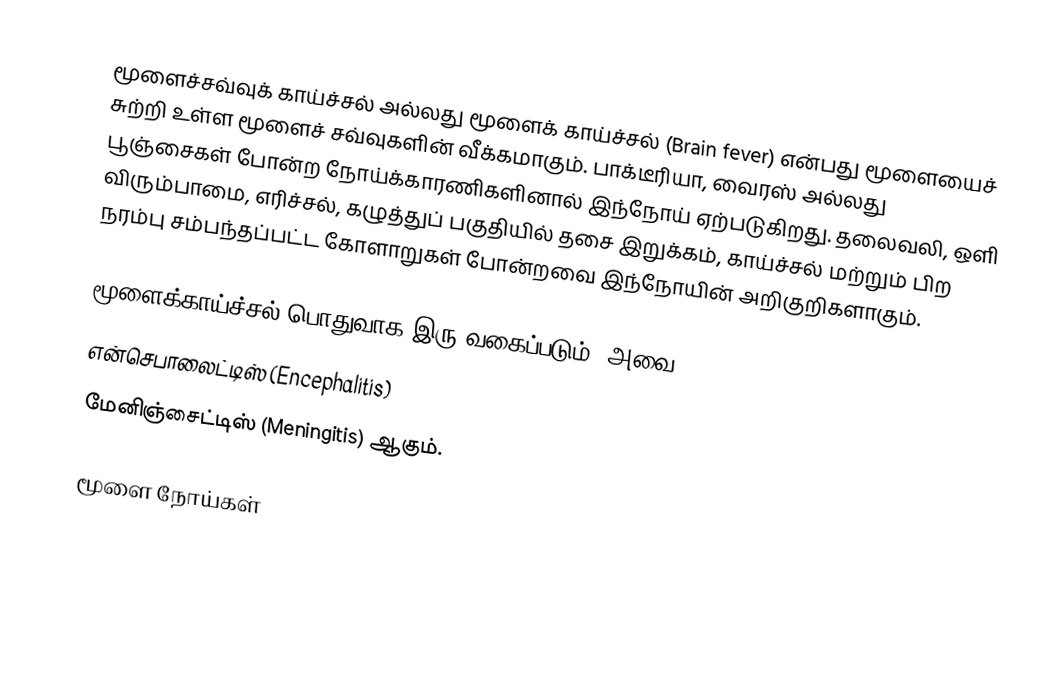
மூளைச்சவ்வுக் காய்ச்சல் அல்லது மூளைக் காய்ச்சல் (Brain fever) என்பது மூளையைச் சுற்றி உள்ள மூளைச் சவ்வுகளின் வீக்கமாகும். பாக்டீரியா, வைரஸ் அல்லது பூஞ்சைகள் போன்ற நோய்க்காரணிகளினால் இந்நோய் ஏற்படுகிறது. தலைவலி, ஒளி விரும்பாமை, எரிச்சல், கழுத்துப் பகுதியில் தசை இறுக்கம், காய்ச்சல் மற்றும் பிற நரம்பு சம்பந்தப்பட்ட கோளாறுகள் போன்றவை இந்நோயின் அறிகுறிகளாகும்.

மூளைக்காய்ச்சல் பொதுவாக இரு வகைப்படும். அவை:
 என்செபாலைட்டிஸ் (Encephalitis)
 மேனிஞ்சைட்டிஸ் (Meningitis) ஆகும்.

மூளை நோய்கள்